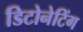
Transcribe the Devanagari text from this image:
डिटोनेटिंग